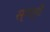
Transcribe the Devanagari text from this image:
स्पर्शें